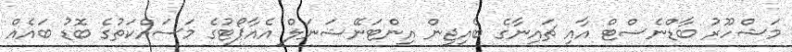
މަޝްހޫރު ބާޑްނެސްޓް އާއި ޗައިނާގެ ބެއިޖިން އިންޓަނޭޝަނަލް އެއާޕޯޓުގެ މަސައްކަތުގެ ބޮޑު ބައެއް